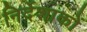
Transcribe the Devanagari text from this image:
निर्देशाकों